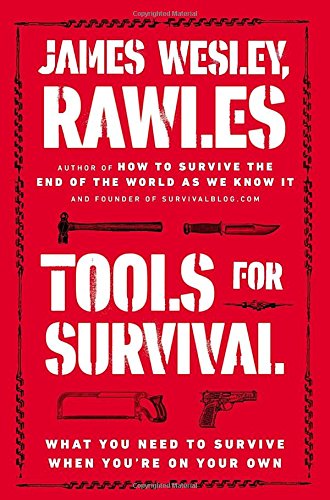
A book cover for Tools for Survival: What You Need to Survive When YouEEre on Your Own; James Wesley Rawles; Health, Fitness & Dieting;